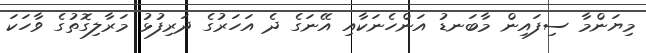
މިޔަންމާ ސިފައިން މާބަނޑު އަންހެނަކާއި އޭނަގެ ދެ އަހަރުގެ ދަރިފުޅު މަރާލިގޮތުގެ ވާހަކަ